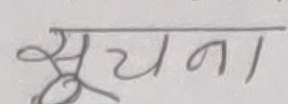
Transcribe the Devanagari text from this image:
सूचना